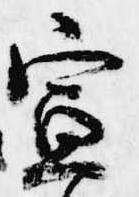
宣